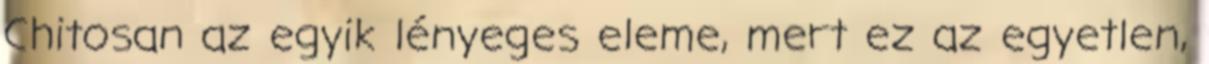
Chitosan az egyik lényeges eleme, mert ez az egyetlen,